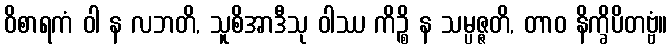
ဝိစာရကံ ဝါ န လဘတိ, သူစိအာဒီသု ဝါဿ ကိဉ္စိ န သမ္ပဇ္ဇတိ, တာဝ နိက္ခိပိတဗ္ဗံ။